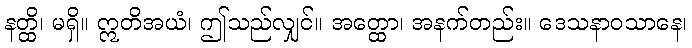
နတ္ထိ၊ မရှိ။ ဣတိအယံ၊ ဤသည်လျှင်။ အတ္ထော၊ အနက်တည်း။ ဒေသနာဝသာနေ၊